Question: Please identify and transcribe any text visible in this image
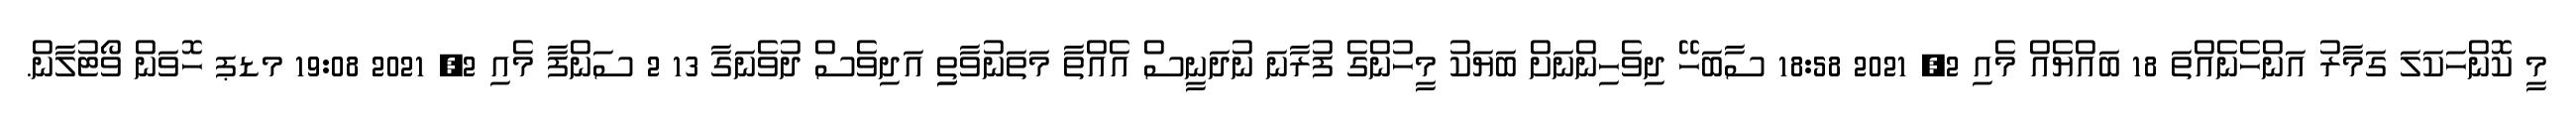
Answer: މީ ކޮންހަކަލަ ގަމާރު އަންހެނެއްތަ 18 ބައްޔެއް މެއި 2, 2021 18:58 ސާބަހޭ ދިވެހިންނަށް ބަޔަކު މީހުންގެ ފުރާނަ ނުދަނީސް އެއްތާ މަތަނުވާތިި އަދިވެސް ދުވެނަގާ 13 2 ސަންފާ މެއި 2, 2021 19:08 މޑޕ ހޮވަން ވޯޓުލާން.